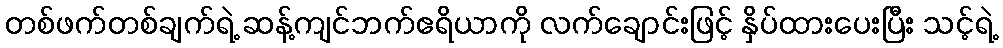
တစ်ဖက်တစ်ချက်ရဲ့ ဆန့်ကျင်ဘက်ဧရိယာကို လက်ချောင်းဖြင့် နှိပ်ထားပေးပြီး သင့်ရဲ့